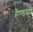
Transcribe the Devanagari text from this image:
हैण्डपंप